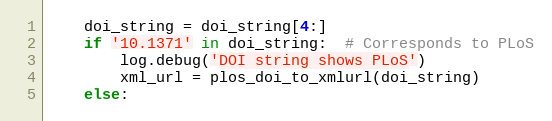
Language: Python
    doi_string = doi_string[4:]
    if '10.1371' in doi_string:  # Corresponds to PLoS
        log.debug('DOI string shows PLoS')
        xml_url = plos_doi_to_xmlurl(doi_string)
    else: